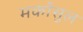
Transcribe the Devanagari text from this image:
मर्कोसुल